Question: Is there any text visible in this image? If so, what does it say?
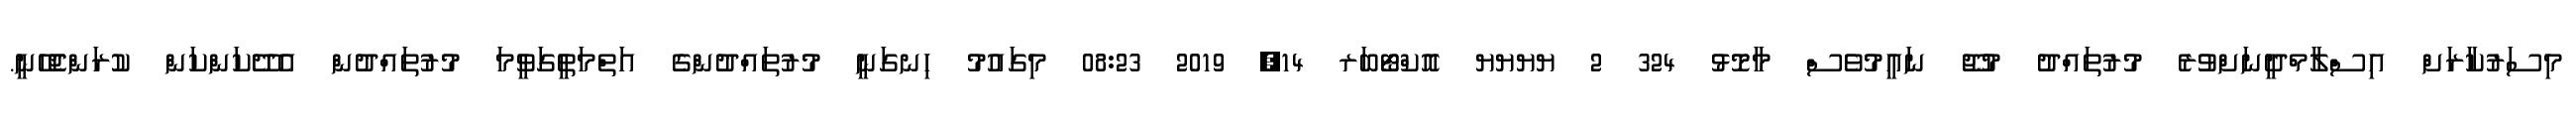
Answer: މިސަރުކާރަށް އިސްލާމްދީނަށްވުރެ މުރުތައްދު މުޖޫ ނައީމުވެސް މާމޮޅު 324 2 ޔޔޔޔ އޮކްޓޯބަރ 14, 2019 08:23 މިގައުމު ހިނގަނީ މުރުތައްދުންގެ އަތްމަތީގަވީމަ މުރުތައްދުން އެދޭކަންކަން ކުރަންޖެހޭނީ.